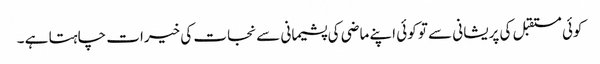
کوئی مستقبل کی پریشانی سے تو کوئی اپنے ماضی کی پشیمانی سے نجات کی خیرات چاہتا ہے ۔